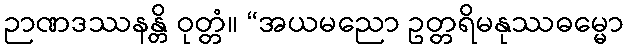
ဉာဏဒဿနန္တိ ဝုတ္တံ။ “အယမညော ဥတ္တရိမနုဿဓမ္မော